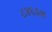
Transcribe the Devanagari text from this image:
८४६३अ